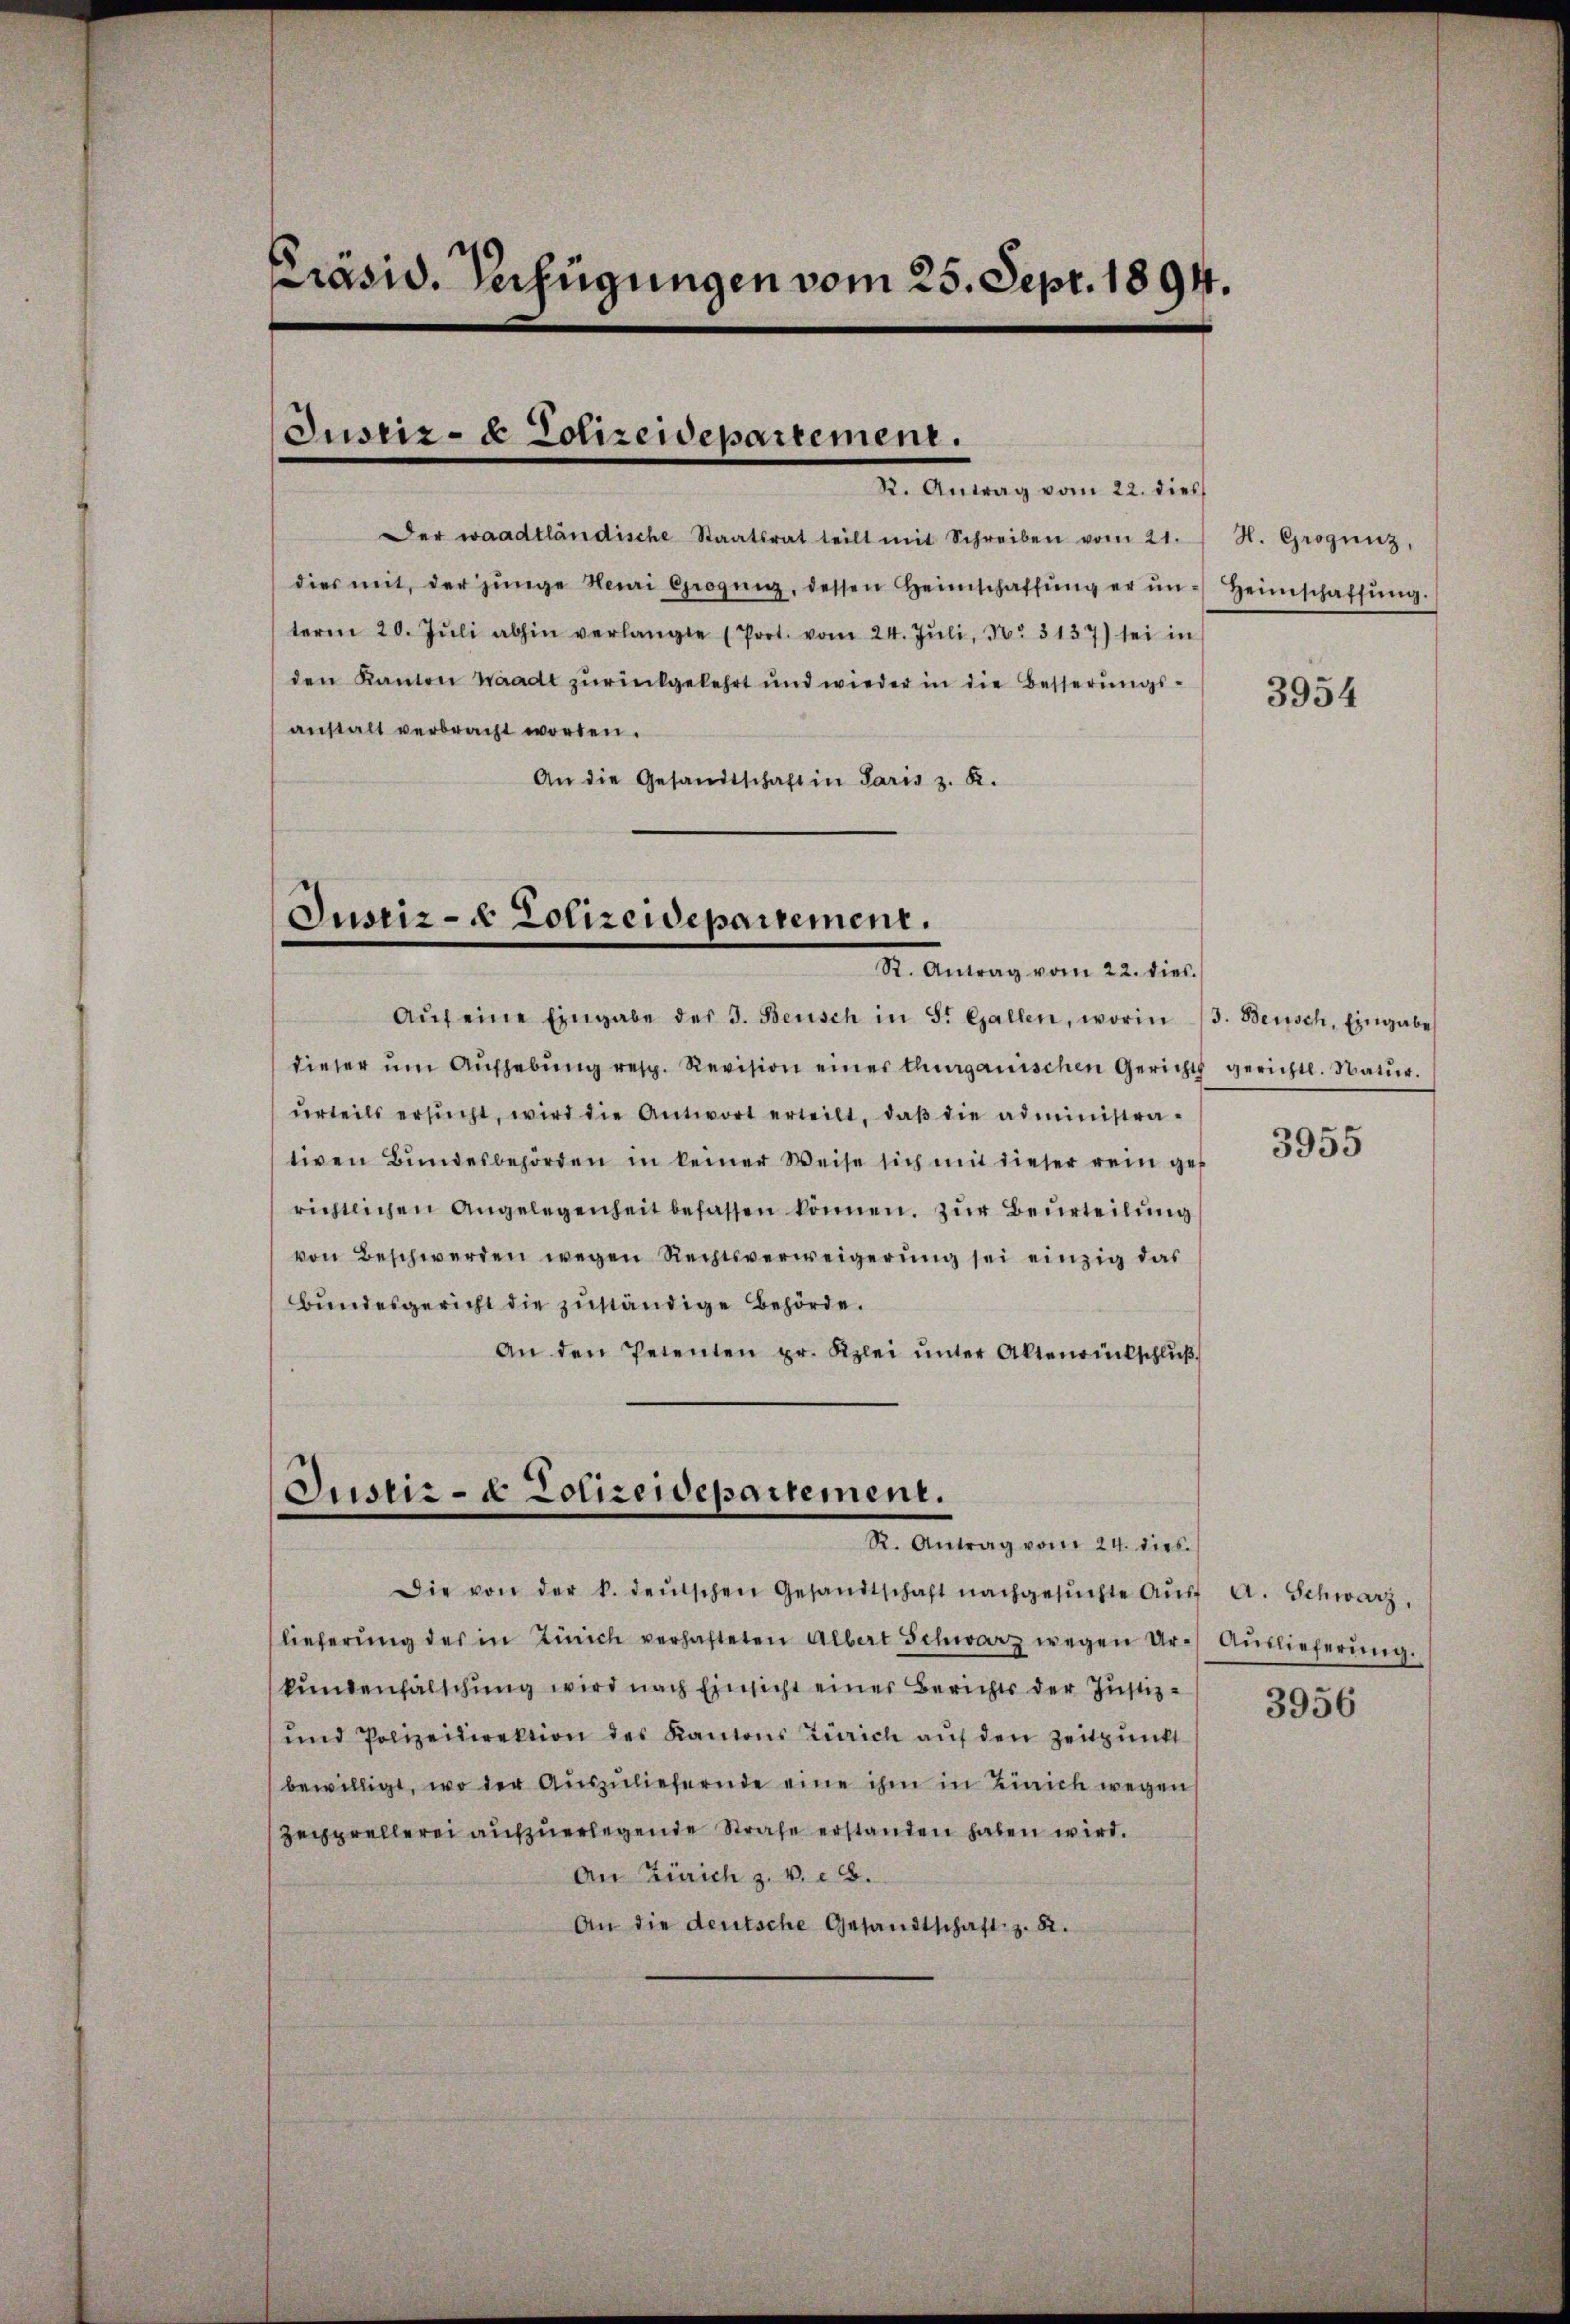
Präsid. Verfügungen vom 25. Sept. 1894.

Der waadtländische Staatsrat teilt mit Schreiben vom 21.
dies mit, der jünge Nei Groging, dessen Heimschaffŭng er ŭn-Heimschaffŭng.
term 20. Jŭli abhin verlangte (Prot. vom 24. Jŭli, N. 3137) sei in
den Kanton Waadt zurückgekehrt und wieder in die Besserungsanstalt verbracht worden.
An die Gesandtschaft in Paris z. B.

Justiz- & Polizeidepartement.
R. Antrag vom 22. dies

Justiz- & Polizeidepartement.
Dr. Antrag vom 22. dies

Aŭf eine Eingabe der 3. Beisch in St. Gallen, worin (3. Beisch, Eingabe
dieser ŭm Aŭfhebŭng resp. Revision einer thurganischen Gerichts gerichtl. Natŭr.
urteils ersŭcht, wird die Antwort erteilt, daβ die administrativen Bundesbehörden in keiner Weise sich mit dieser rein gef
richtlichen Angelegenheit befassen können. Zur Beurteilung
von Beschwerden wegen Rechtsverweigerung sei einzig das
Bundesgericht die zuständige Behörde.
An den Petenten pr. Kzlei ŭnter Altenrieschlŭβ

Justiz- & Polizeidepartement.
R. Antrag vom 24. dies

Die von der k. deutschen Gesandtschaft nachgesuchte Ausf
lieferung des in Zürich verhafteten Albert Schwarz wegen Urkundenfälschung wird nach Einsicht einer Berichts der Justiz-
und Polizeidirektion des Kantons Zürich auf den Zeitpunkt
bewilligt, wo der Aŭszŭliefernde eine ihm in Zürich wegen
Zechprellerei aufzuerlegende Strafe erstanden haben wird.
An Zürich z. v. c.
An die deutsche Gesandtschaft z. B.

H. Grogunz,

3954

3955

A. Schwarz,
Auslieferung.
3956